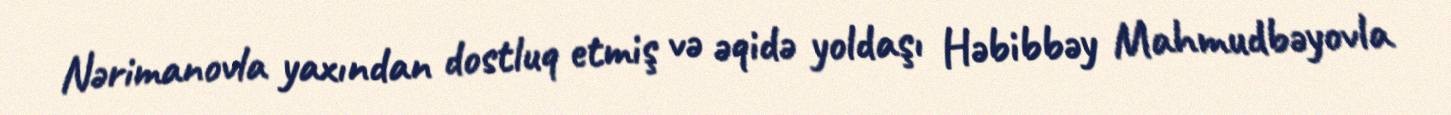
Nərimanovla yaxından dostluq etmiş və əqidə yoldaşı Həbibbəy Mahmudbəyovla